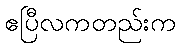
ဧပြီလကတည်းက